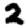
Digit: 2